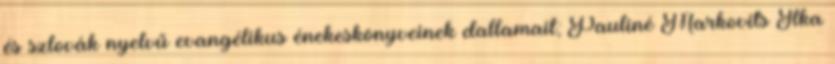
és szlovák nyelvű evangélikus énekeskönyveinek dallamait; Pauliné Markovits Ilka